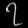
Digit: ၇